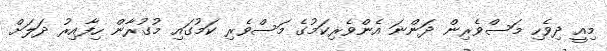
މިއީ ދިވެހި މަސްވެރިން ދަންނަ އެންވެރިކަމުގެ މަސްވެރި ކަމުގައި މުގުރާން ހިފާއިރު ދަލަށް